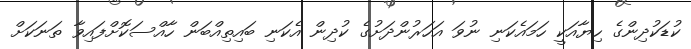
ކުޑަކުދިންގެ ހިޔާއަކީ ހަމައެކަނި ނުވަ އަހަރުންދަށުގެ ކުދިން އެކަނި ބައިތިއްބަން ހާއްސަކޮށްފައިވާ ތަނަކަށް